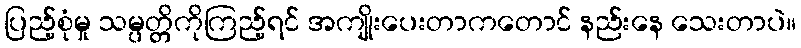
ပြည့်စုံမှု သမ္ပတ္တိကိုကြည့်ရင် အကျိုးပေးတာကတောင် နည်းနေ သေးတာပဲ။